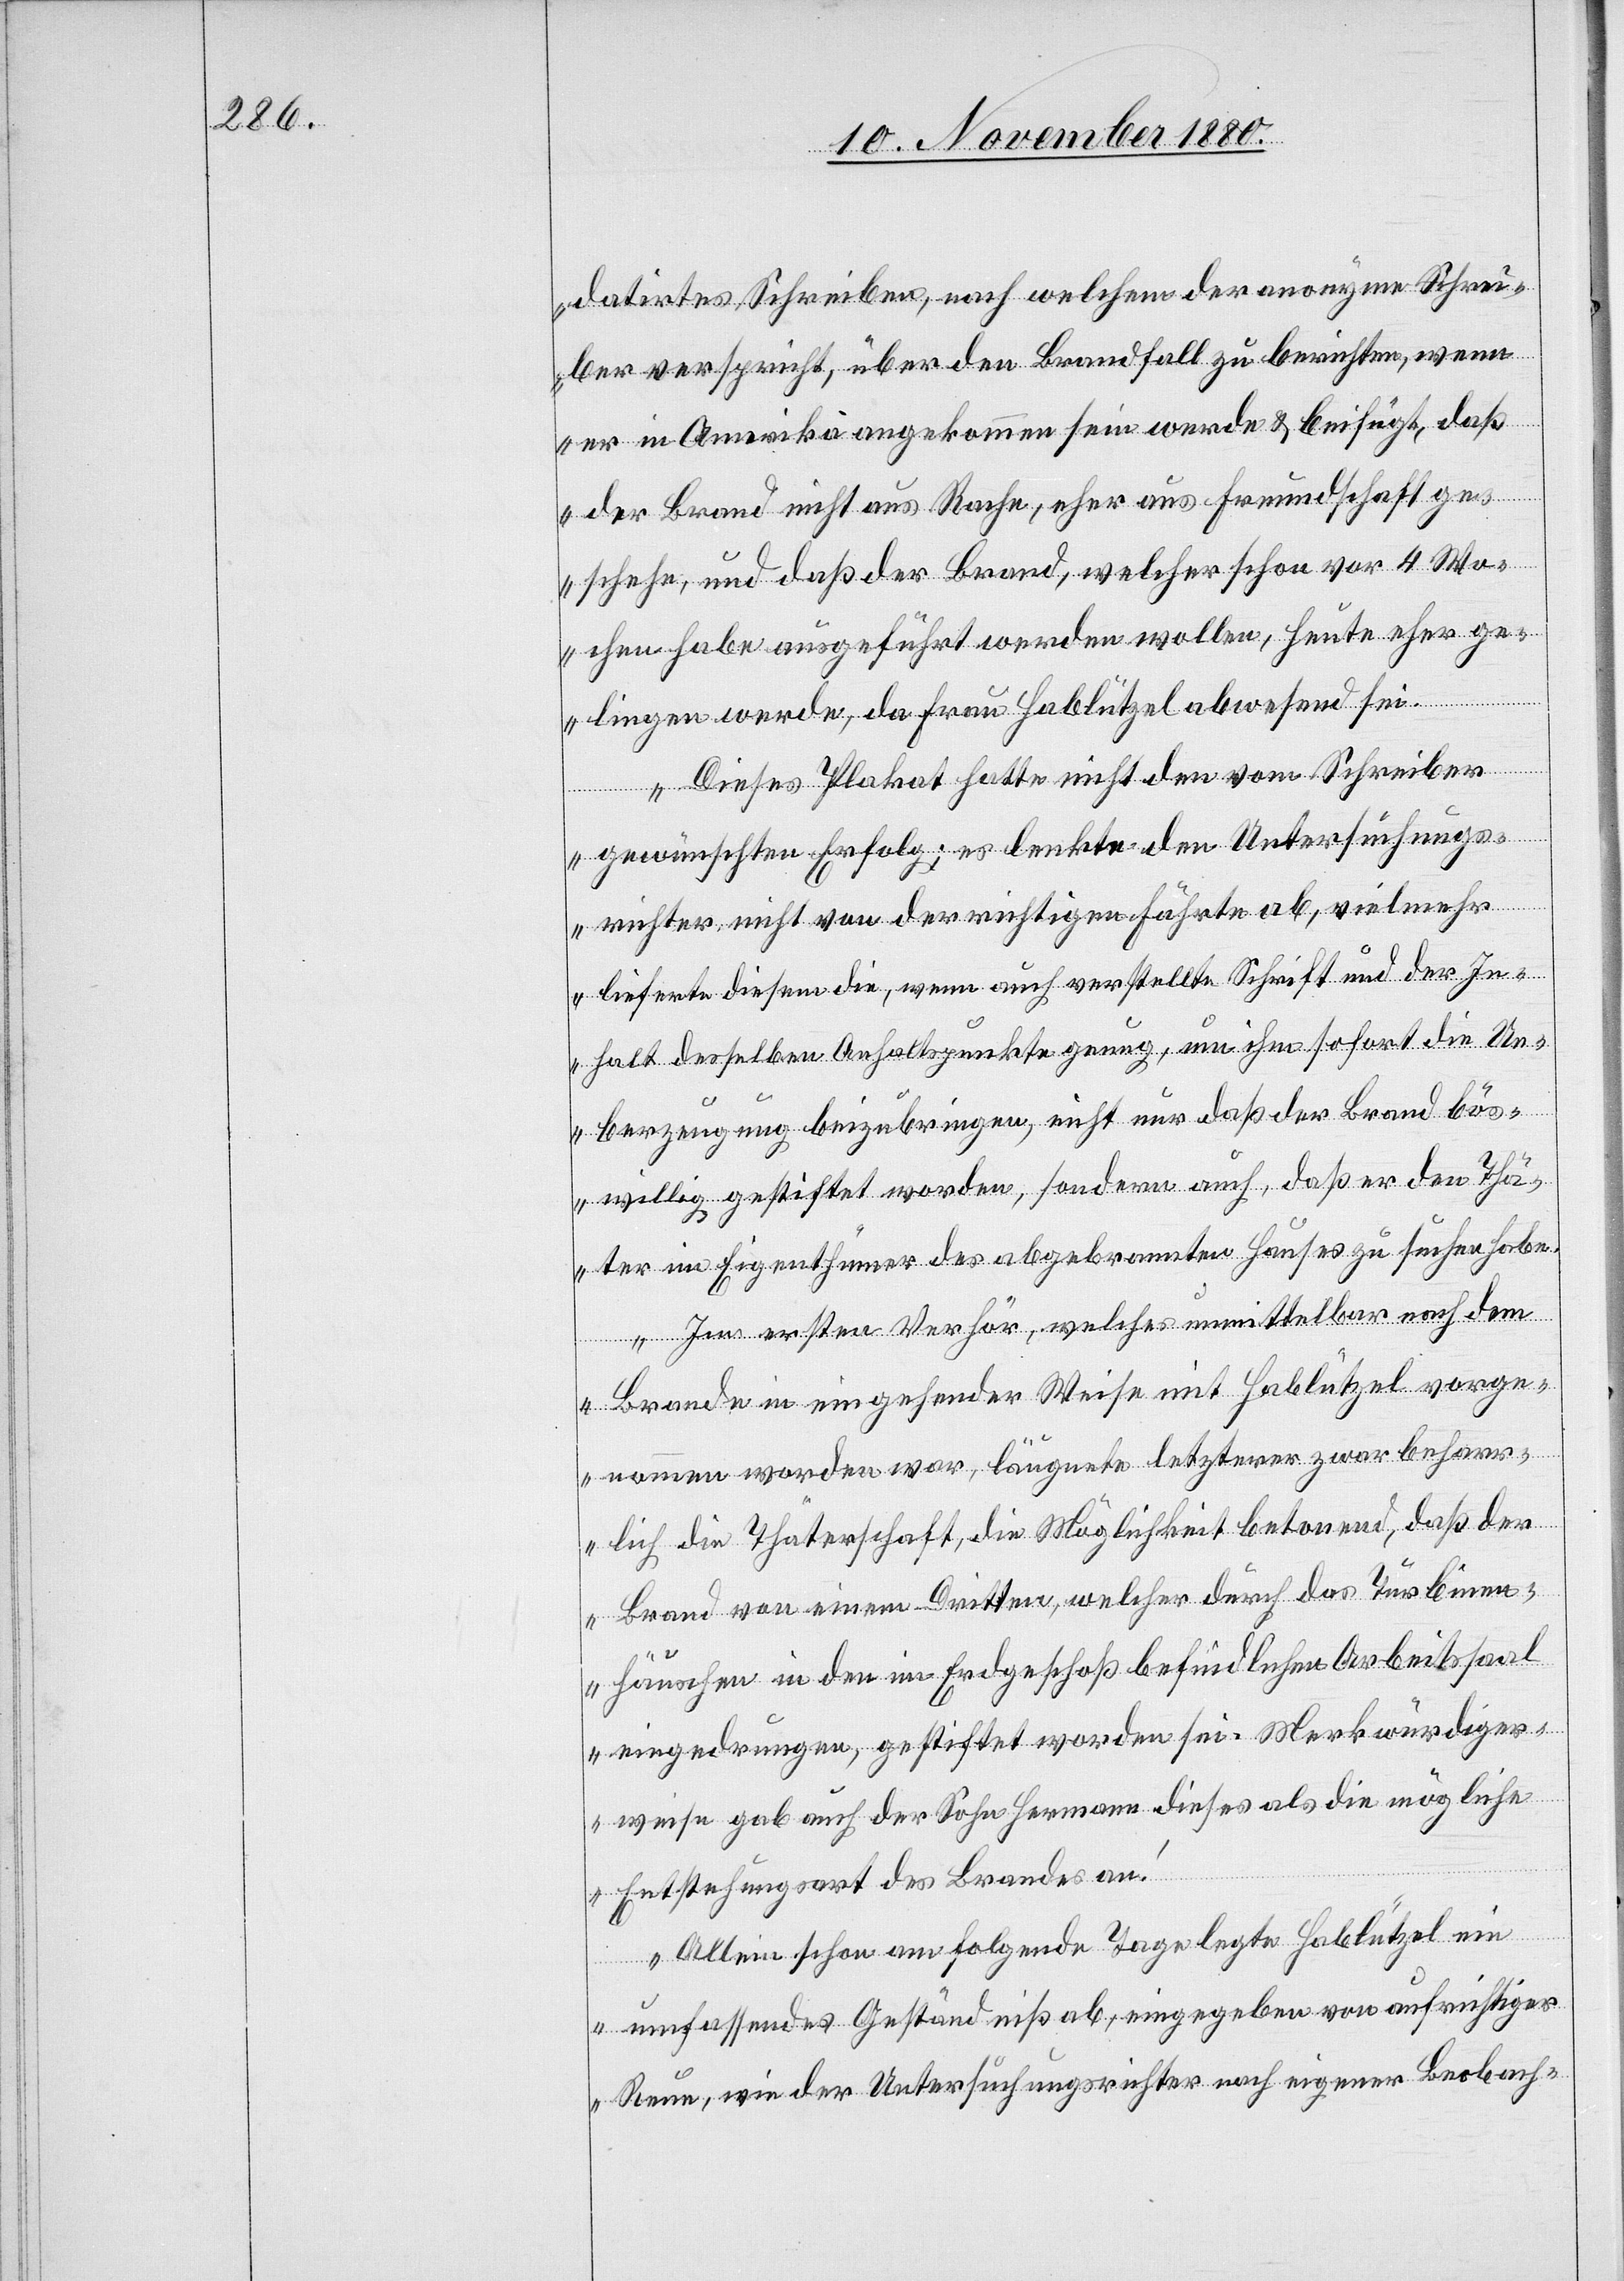
datirtes Schreiben, nach welchem der anonyme Schrei¬
ber verspricht, über den Brandfall zu berichten, wenn
er in Amerika angekommen sein werde & beifügt, daß
der Brand nicht aus Rache, eher aus Freundschaft ge¬
schehe, und daß der Brand, welcher schon vor 4 Wo¬
chen habe ausgeführt werden wollen, heute eher ge¬
lingen werde, da Frau Hablützel abwesend sei.
Dieses Postulat hatte nicht den vom Schreiber
gewünschten Erfolg; es lenkte den Untersuchungs¬
richter nicht von der richtigen Fährte ab, vielmehr
lieferte diesem die, wenn auch verstellte Schrift und der In¬
halt derselben Anhaltspunkte genug, um ihm sofort die Ue¬
berzeugung beizubringen, nicht nur daß der Brand bös¬
willig gestiftet worden, sondern auch, daß er den Thä¬
ter im Eigenthümer des abgebrannten Hauses zu suchen habe.
Im ersten Verhör, welches unmittelbar nach dem
Brande in eingehender Weise mit Hablützel vorge¬
nommen worden war, läugnete letzterer zwar beharr¬
lich die Thäterschaft, die Möglichkeit betonend, daß der
Brand von einem Dritten, welcher durch das Turbinen¬
häuschen in den im Erdgeschoß befindlichen Arbeitssaal
eingedrungen, gestiftet worden sei. Merkwürdiger¬
weise gab auch der Sohn Hermann dieses als die mögliche
Entstehungsart des Brandes an.
Allein schon am folgenden Tage legte Hablützel ein
umfassendes Geständniß ab, eingegeben von aufrichtiger
Reue, wie der Untersuchungsrichter nach eigener Beobach-